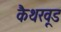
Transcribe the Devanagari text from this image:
कैथरवूड